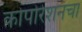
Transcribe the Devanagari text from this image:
कोर्पोरेशनचा